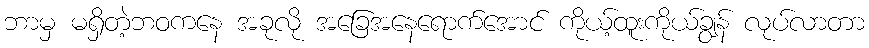
ဘာမှ မရှိတဲ့ဘဝကနေ အခုလို အခြေအနေရောက်အောင် ကိုယ့်ထူးကိုယ်ချွန် လုပ်လာတာ